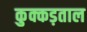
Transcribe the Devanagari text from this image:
कुक्कड़ताल